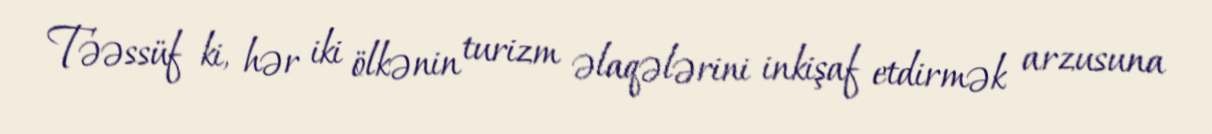
Təəssüf ki, hər iki ölkənin turizm əlaqələrini inkişaf etdirmək arzusuna